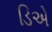
ડિએ